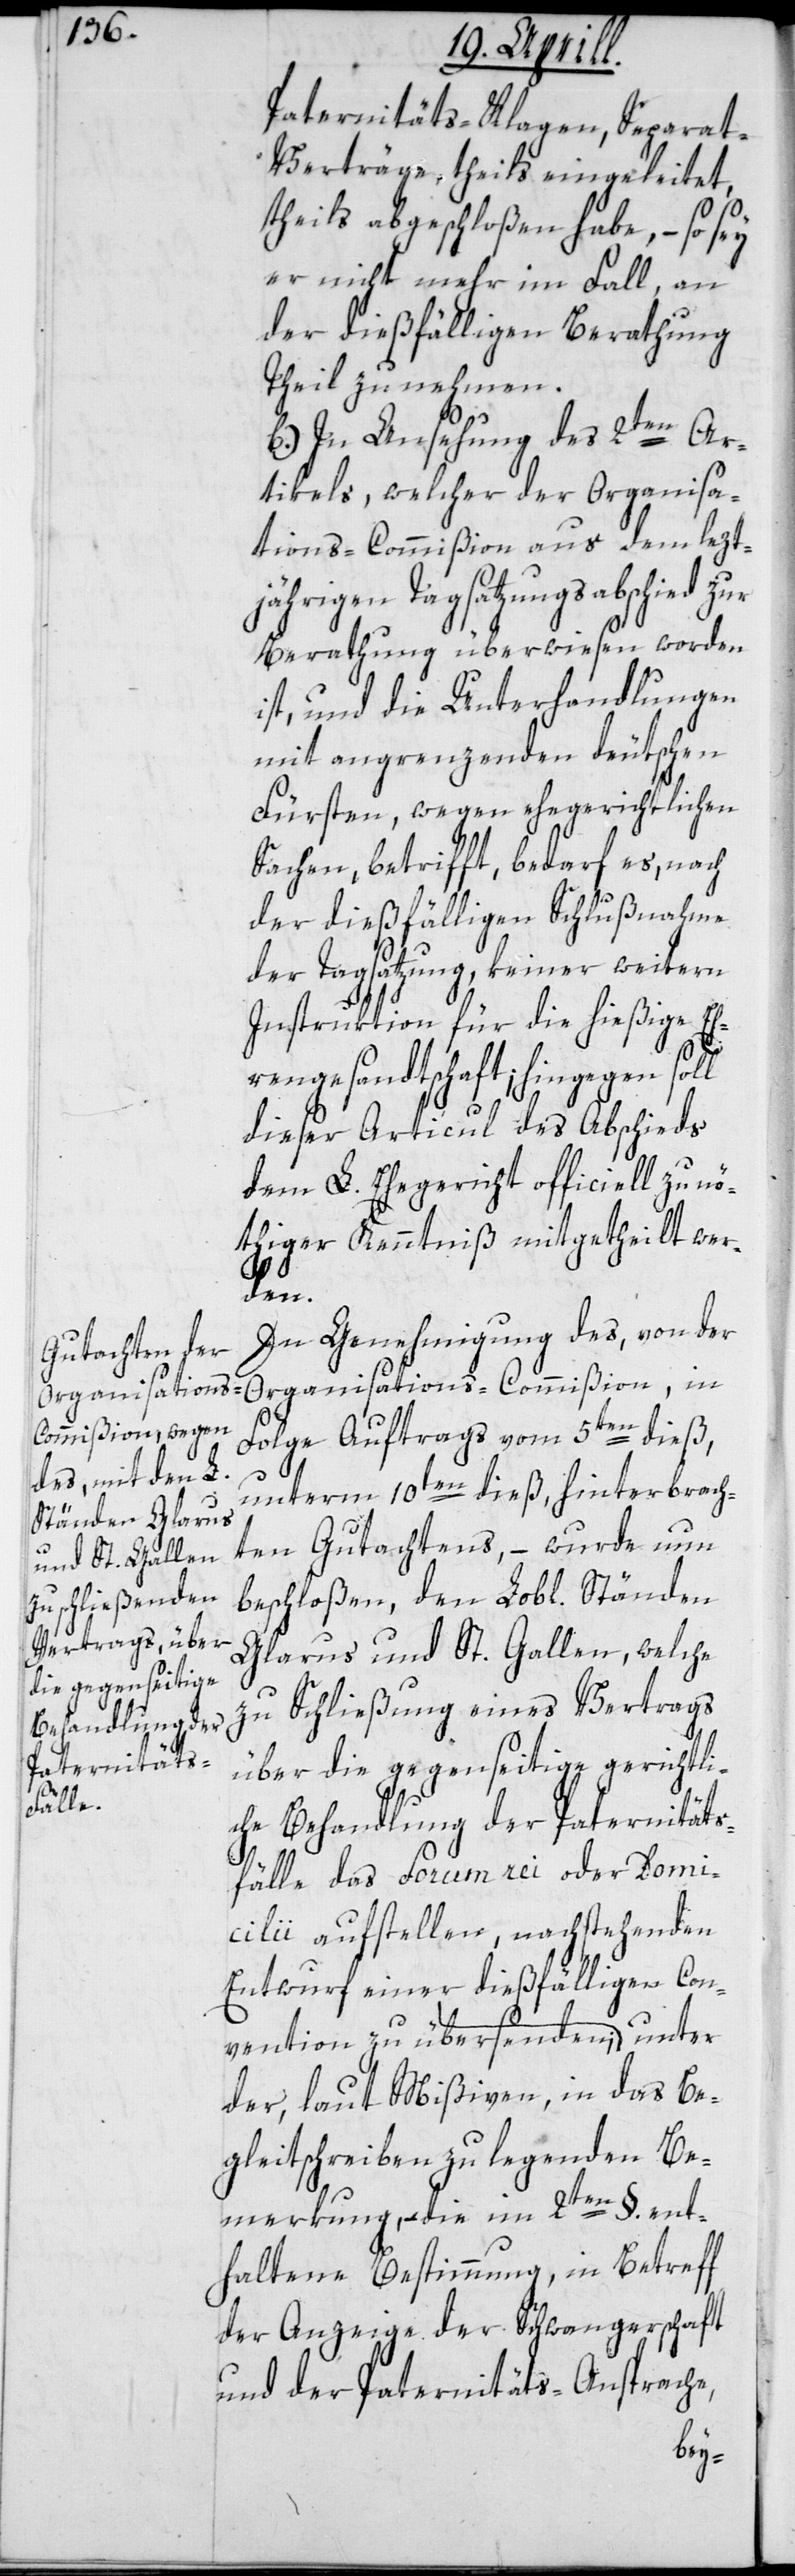
Paternitäts-Klagen, Separa¬
t-Verträge, theils eingeleitet,
theils abgeschloßen habe, – so sey
er nicht mehr im Fall, an
der dießfälligen Berathung
Theil zu nehmen.
b) In Ansehung des 2ten Ar¬
tikels, welcher der Organisa¬
tions-Commißion aus dem lezt¬
jährigen Tagsatzungsabschied zur
Berathung überwiesen worden
ist, und die Unterhandlungen
mit angrenzenden deutschen
Fürsten, wegen ehegerichtlichen
Sachen, betrifft, bedarf es, nach
der dießfälligen Schlußnahme
der Tagsatzung, keiner weitern
Instruktion für die hießige Eh¬
rengesandtschaft; hingegen sol¬
dieser Articul des Abschieds
dem L. Ehegericht officiell zu nö¬
thiger Kenntniß mitgetheilt wer¬
den.
In Genehmigung des, von der
Organisations-Commißion, in
Folge Auftrags vom 5ten dieß,
unterm 10ten dieß, hinterbrach¬
ten Gutachtens, – wurde nun
beschloßen, den Lobl. Ständen
Glarus und St. Gallen, welche
zu Schließung eines Vertrags
über die gegenseitige gerichtli¬
che Behandlung der Paternitäts¬
fälle das Forum rei oder Domi¬
cilii aufstellen, nachstehenden
Entwurf einer dießfälligen Con¬
vention zu übersenden, unter
der, laut Mißiven, in das Be¬
gleitschreiben zu legenden Be¬
merkung, die im 2ten §. ent¬
haltene Bestimmung, in Betreff
der Anzeige der Schwangerschaft
und der Paternitäts-Ansprache,